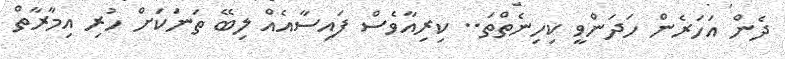
ދެން އަހަރެން ހަދަންވީ ކިހިނެތްތަ.. ކިރިއާވެސް ފައިސާއެއް ލިބޭ ތަނަކަށް ހުރި އިމާރާތް